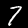
Label: 7